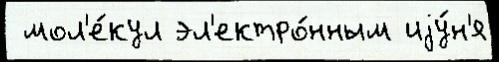
 мол'е́кул эл'ектро́нным иjу́н'я